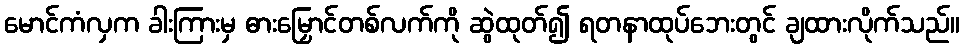
မောင်ကံလှက ခါးကြားမှ ဓားမြှောင်တစ်လက်ကို ဆွဲထုတ်၍ ရတနာထုပ်ဘေးတွင် ချထားလိုက်သည်။